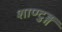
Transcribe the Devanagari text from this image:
शाण्टुङ्ग